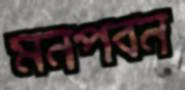
মনপবন